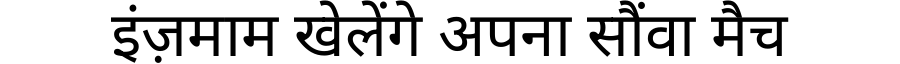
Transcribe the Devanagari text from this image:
इंज़माम खेलेंगे अपना सौंवा मैच